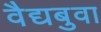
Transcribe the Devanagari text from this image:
वैद्यबुवा